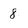
Character: 8